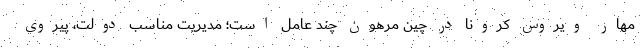
مهار ویروس کرونا در چین مرهون چند عامل است؛ مدیریت مناسب دولت، پیروی